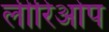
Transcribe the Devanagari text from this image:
लीरिओप